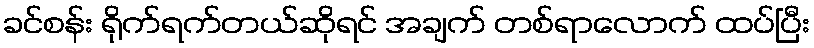
ခင်စန်း ရိုက်ရက်တယ်ဆိုရင် အချက် တစ်ရာလောက် ထပ်ပြီး